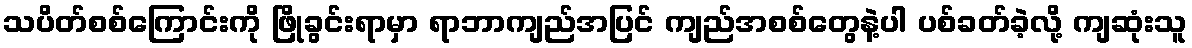
သပိတ်စစ်ကြောင်းကို ဖြိုခွင်းရာမှာ ရာဘာကျည်အပြင် ကျည်အစစ်တွေနဲ့ပါ ပစ်ခတ်ခဲ့လို့ ကျဆုံးသူ